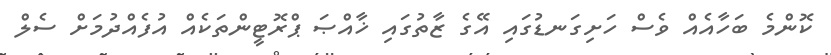
ކޮންމެ ބަހާއެއް ވެސް ހަށިގަނޑުގައި އޭގެ ޒާތުގައި ޚާއްޞަ ޕްރޮޓީންތަކެއް އުފެއްދުމަށް ސެލް